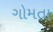
ગોમતા